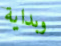
وبداية